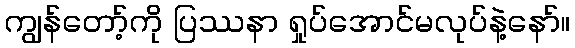
ကျွန်တော့်ကို ပြဿနာ ရှုပ်အောင်မလုပ်နဲ့နော်။